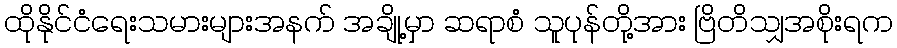
ထိုနိုင်ငံရေးသမားများအနက် အချို့မှာ ဆရာစံ သူပုန်တို့အား ဗြိတိသျှအစိုးရက